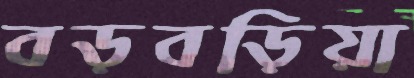
বড়বড়িয়া